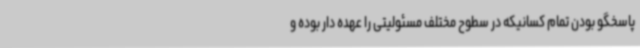
پاسخگو بودن تمام کسانیکه در سطوح مختلف مسئولیتی را عهده دار بوده و